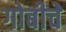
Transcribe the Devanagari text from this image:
गोबीचे